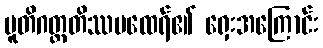
ပူတိဂတ္တတိဿမထေရ်၏ ရှေးအကြောင်း